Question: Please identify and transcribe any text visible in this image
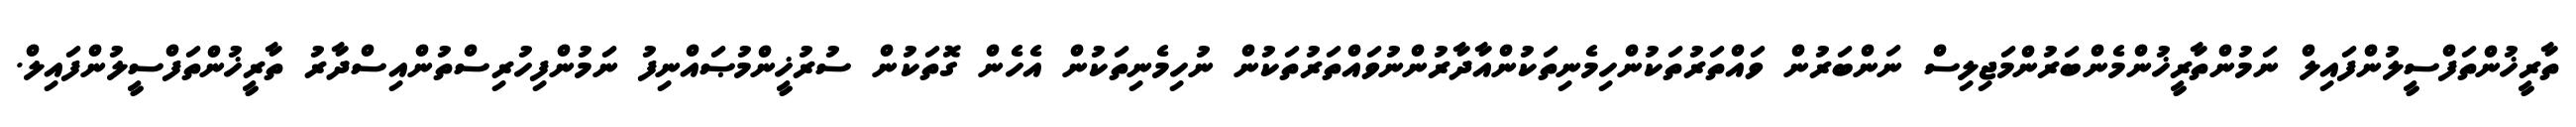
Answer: ތާރީޚުންތަފްސީލުންފައިލް ނަމުންތާރީޚުންމެންބަރުންމަޖިލިސް ނަންބަރުން ވައްތަރުތަކުންހިމެނިތަކުންއާދާރުންނުވައްތަރުތަކުން ނުހިމެނިތަކުން އެހެން ގޮތަކުން ސުރުޚީންމުޞައްނިފު ނަމުންފިހުރިސްތުންއިސްދާރު ތާރީޚުންތަފްސީލުންފައިލް.